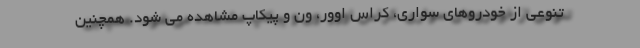
تنوعی از خودروهای سواری، کراس اوور، ون و پیکاپ مشاهده می شود. همچنین